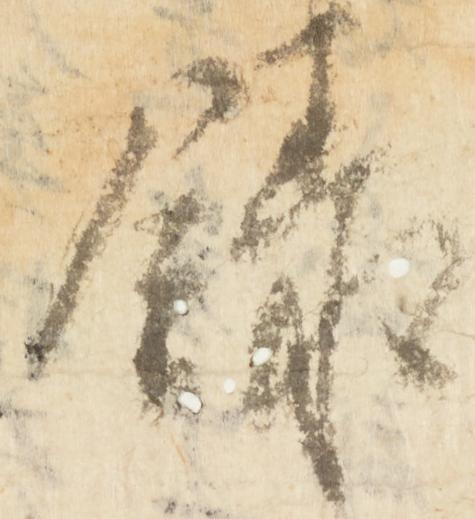
録